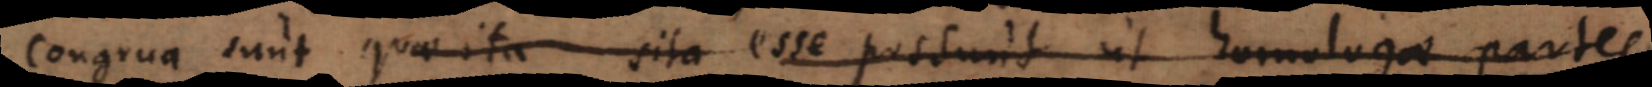
Congrua sunt quae ita sita esse possunt ut homologae partes